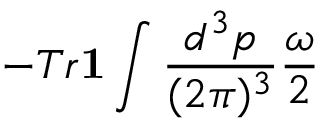
- T r { \bf 1 } \int \frac { d ^ { 3 } p } { ( 2 \pi ) ^ { 3 } } \frac { \omega } { 2 }